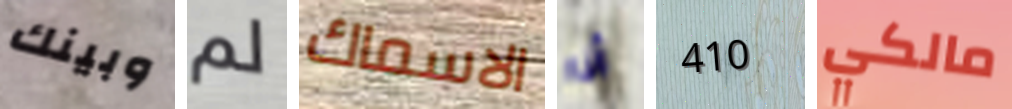
وبينك لم الاسماك أنا 410 مالكي